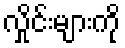
လှိုင်းများကို